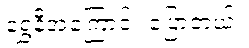
ရွှေနီအကြောင်း ပြောတယ်။